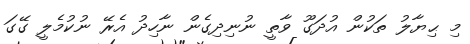
މި ޙިޔާލު ތަކުން އުދަގޫ ވާތީ ނުނިދިގެން ނާހިދު އެރޭ ނުކުމެލީ ގޭގަ